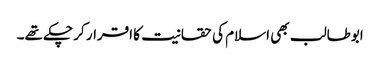
ابوطالب بھی اسلام کی حقانیت کا اقرار کر چکے تھے۔